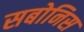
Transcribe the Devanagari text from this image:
सबोनिस